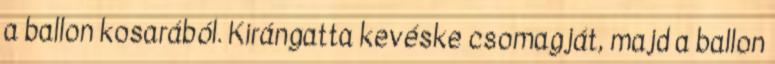
a ballon kosarából. Kirángatta kevéske csomagját, majd a ballon